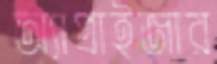
অ্যাপ্রাইজার